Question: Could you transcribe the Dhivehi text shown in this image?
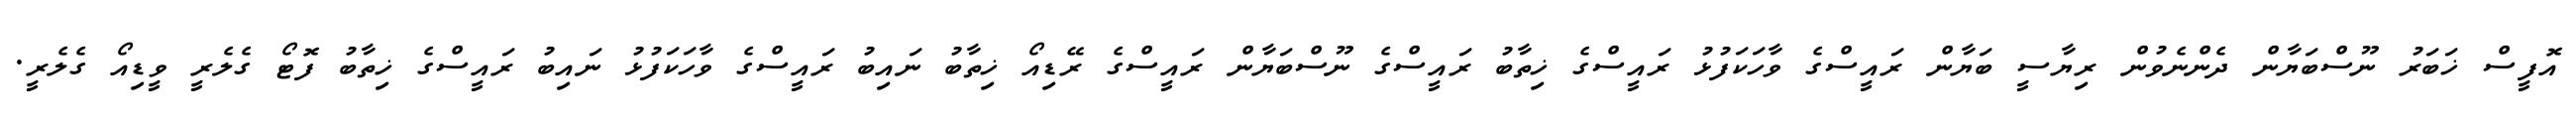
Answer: އޮފީސް ޚަބަރު ނޫސްބަޔާން ދެންނެވުން ރިޔާސީ ބަޔާން ރައީސްގެ ވާހަކަފުޅު ރައީސްގެ ޚިތާބު ރައީސްގެ ނޫސްބަޔާން ރައީސްގެ ރޭޑިއޯ ޚިތާބު ނައިބު ރައީސްގެ ވާހަކަފުޅު ނައިބު ރައީސްގެ ޚިތާބު ފޮޓޯ ގެލެރީ ވީޑިއޯ ގެލެރީ.